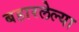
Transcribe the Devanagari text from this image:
बहारलेल्या